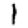
Digit: 1